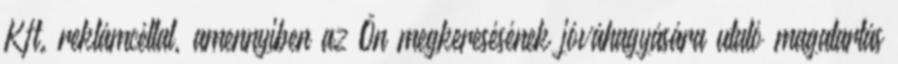
Kft. reklámcéllal, amennyiben az Ön megkeresésének jóváhagyására utaló magatartás